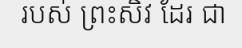
របស់ ព្រះសិវ ដែរ ជា